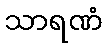
သာရဏံ